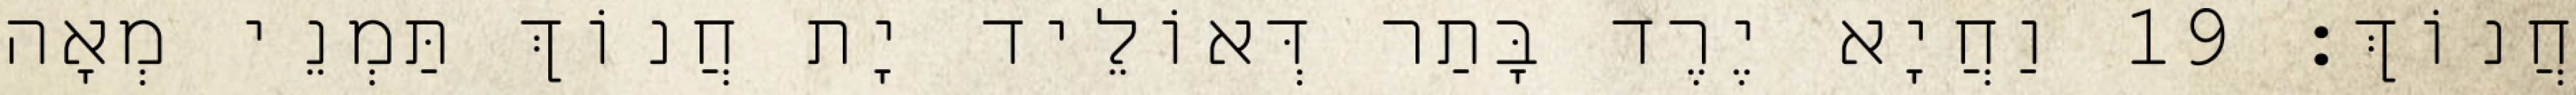
חֲנוֹךְ׃ 19 וַחֲיָא יֶרֶד בָּתַר דְּאוֹלֵיד יָת חֲנוֹךְ תַּמְנֵי מְאָה